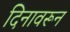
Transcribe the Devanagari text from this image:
दिनावरून